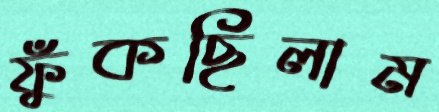
ফুঁকছিলাম